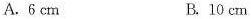
A.6cm B.10cm